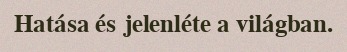
Hatása és jelenléte a világban.